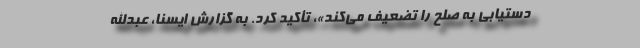
دستیابی به صلح را تضعیف می‌کند»، تأکید کرد. به گزارش ایسنا، عبدالله